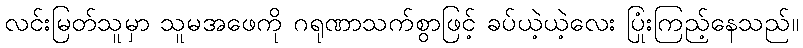
လင်းမြတ်သူမှာ သူမအဖေကို ဂရုဏာသက်စွာဖြင့် ခပ်ယဲ့ယဲ့လေး ပြုံးကြည့်နေသည်။